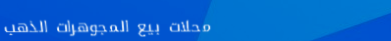
محلات بيع المجوهرات الذهب